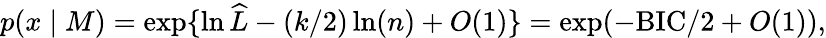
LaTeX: p(x\mid M)=\exp\{ \ln{\widehat{L}}-(k/2)\ln(n)+O(1)\} =\exp(-\mathrm{BIC}/2+O(1)),